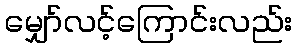
မျှော်လင့်ကြောင်းလည်း